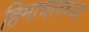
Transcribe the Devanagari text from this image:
हिमाचलच्या